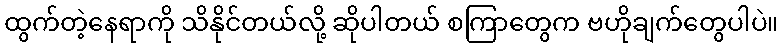
ထွက်တဲ့နေရာကို သိနိုင်တယ်လို့ ဆိုပါတယ် စကြာတွေက ဗဟိုချက်တွေပါပဲ။